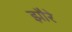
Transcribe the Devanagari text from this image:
झौरे